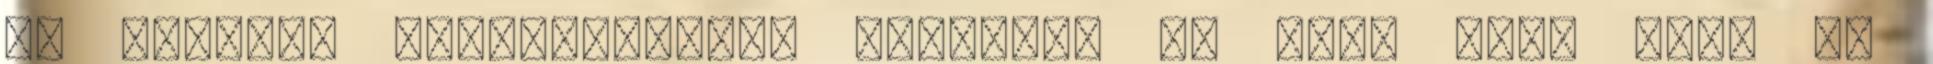
30 ezerért gerinctámasz, könyöklő és jobb első fiók is